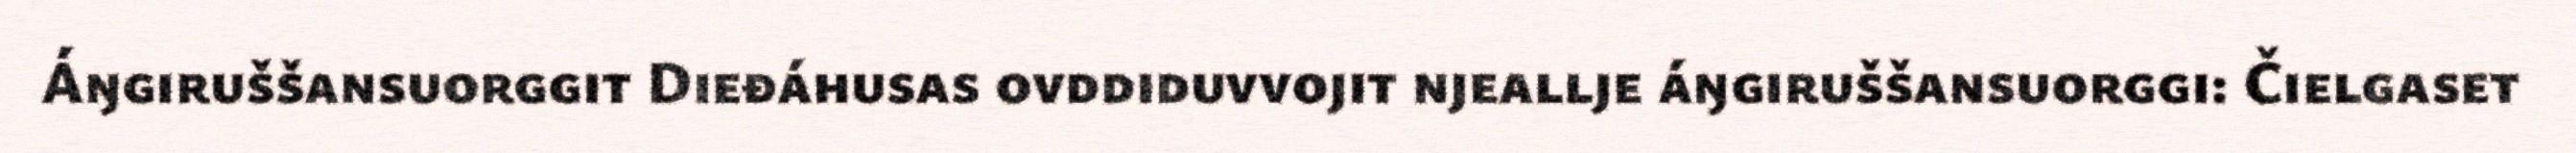
Áŋgiruššansuorggit Dieđáhusas ovddiduvvojit njeallje áŋgiruššansuorggi: Čielgaset